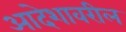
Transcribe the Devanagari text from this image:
आदेशावरील